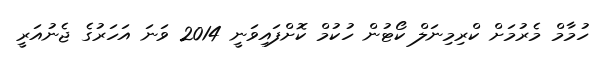
ހުމާމް މެރުމަށް ކްރިމިނަލް ކޯޓުން ހުކުމް ކޮށްފައިވަނީ 2014 ވަނަ އަހަރުގެ ޖެނުއަރީ